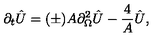
\partial _ { t } \hat { U } = ( \pm ) A \partial _ { \Omega } ^ { 2 } \hat { U } - { \frac { 4 } { A } } \hat { U } ,